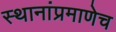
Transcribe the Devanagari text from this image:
स्थानांप्रमाणेच